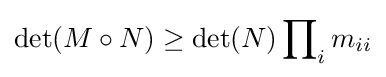
\det(M\circ N)\geq \det(N)\prod \nolimits _{i}m_{ii}